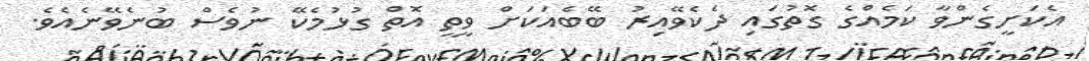
އެކަށީގެންވާ ކަމެއްގެ ގޮތުގައި ދެކެވޭއިރު ބޭބެއަކަށް ވީތީ އޮތް ގުޅުމެކޭ ނުވެސް ބުނެވޭނެއެވެ.